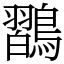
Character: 𪄶